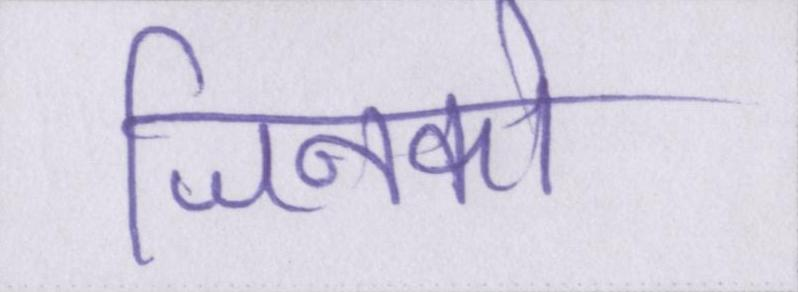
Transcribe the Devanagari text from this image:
जिनको